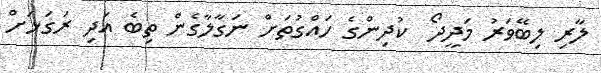
ލާރި ލިބޭވަރު މަދީދޯ  ކުދިންގެ ހައްގުތަށް ނަގާލާގެން ތިބެ އަދި ރަގަޅަށް